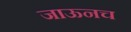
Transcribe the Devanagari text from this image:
जाऊनच